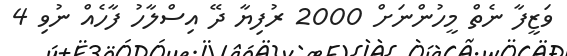
ވަޒީފާ ނެތް މީހުންނަށް 2000 ރުފިޔާ ދޭ އިސްލާހު ފާހެއް ނުވި 4